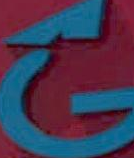
G